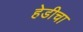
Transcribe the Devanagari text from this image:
हेडीचा